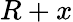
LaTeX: R+x